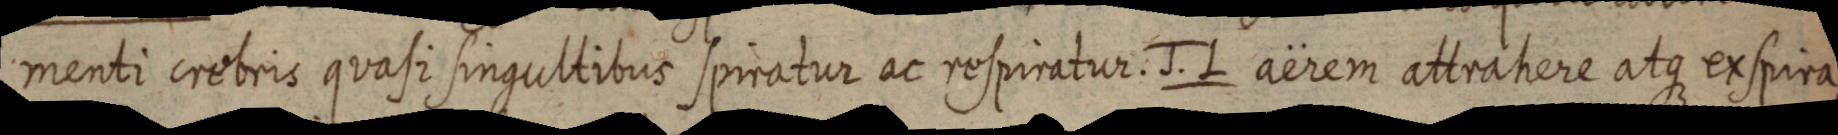
menti crebris quasi singultibus spiratur ac respiratur. J. L aërem attrahere atque exspira